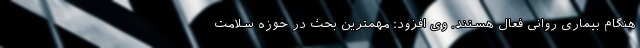
هنگام بیماری روانی فعال هستند. وی افزود: مهمترین بحث در حوزه سلامت